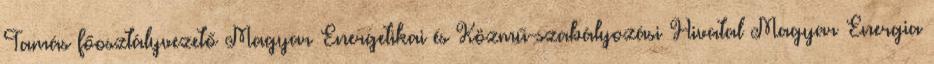
Tamás főosztályvezető Magyar Energetikai és Közmű-szabályozási Hivatal Magyar Energia